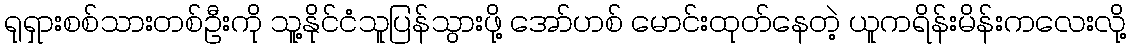
ရုရှားစစ်သားတစ်ဦးကို သူ့နိုင်ငံသူပြန်သွားဖို့ အော်ဟစ် မောင်းထုတ်နေတဲ့ ယူကရိန်းမိန်းကလေးလို့